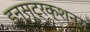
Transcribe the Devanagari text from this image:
इन्स्ट्रक्शन्स